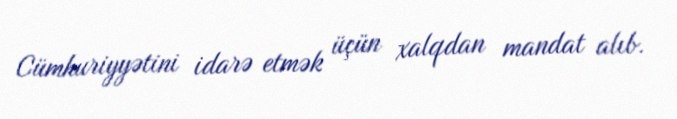
Cümhuriyyətini idarə etmək üçün xalqdan mandat alıb.